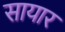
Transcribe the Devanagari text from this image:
सायार